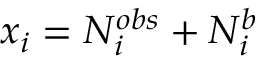
x _ { i } = N _ { i } ^ { o b s } + N _ { i } ^ { b }